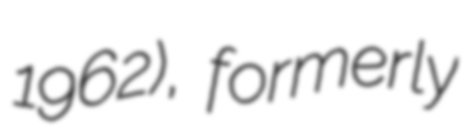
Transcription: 1962), formerly